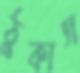
ঠুকাস